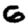
Digit: 6